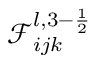
\mathcal { F } _ { i j k } ^ { l , 3 - \frac { 1 } { 2 } }